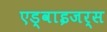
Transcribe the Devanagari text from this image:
एड्वाइजर्स